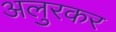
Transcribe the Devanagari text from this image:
अलुरकर